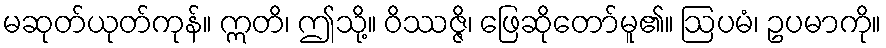
မဆုတ်ယုတ်ကုန်။ ဣတိ၊ ဤသို့။ ဝိဿဇ္ဇိ၊ ဖြေဆိုတော်မူ၏။ ဩပမံ၊ ဥပမာကို။